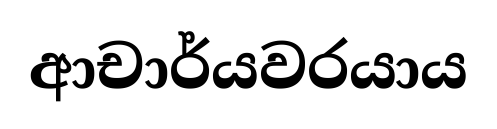
ආචාර්යවරයාය